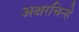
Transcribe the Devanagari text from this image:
अक्षरचिन्हे